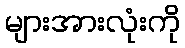
များအားလုံးကို